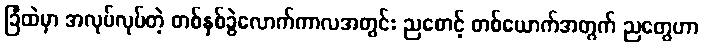
ခြံထဲမှာ အလုပ်လုပ်တဲ့ တစ်နှစ်ခွဲလောက်ကာလအတွင်း ညစောင့် တစ်ယောက်အတွက် ညတွေဟာ